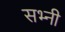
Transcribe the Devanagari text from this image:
सभ्नी